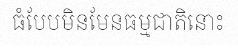
ធំបែបមិនមែនធម្មជាតិនោះ